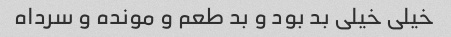
خیلی خیلی بد بود و بد طعم و مونده و سرداه